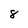
Character: 8